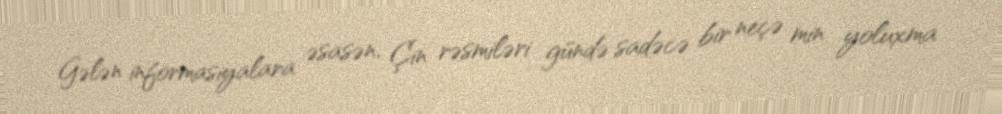
Gələn informasiyalara əsasən, Çin rəsmiləri gündə sadəcə bir neçə min yoluxma